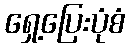
ရှေ့ပြေးပုံစံ